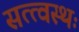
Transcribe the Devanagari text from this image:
सत्त्वस्थः